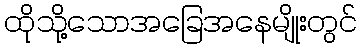
ထိုသို့သောအခြေအနေမျိုးတွင်